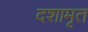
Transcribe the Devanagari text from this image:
दशामृत